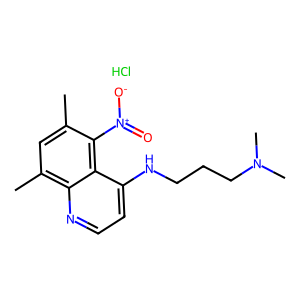
SMILES: Cc1cc(C)c2nccc(NCCCN(C)C)c2c1[N+](=O)[O-].Cl
Inhibits HIV replication: No